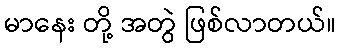
မာနေး တို့ အတွဲ ဖြစ်လာတယ်။